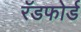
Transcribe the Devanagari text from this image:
रॅडफोर्ड